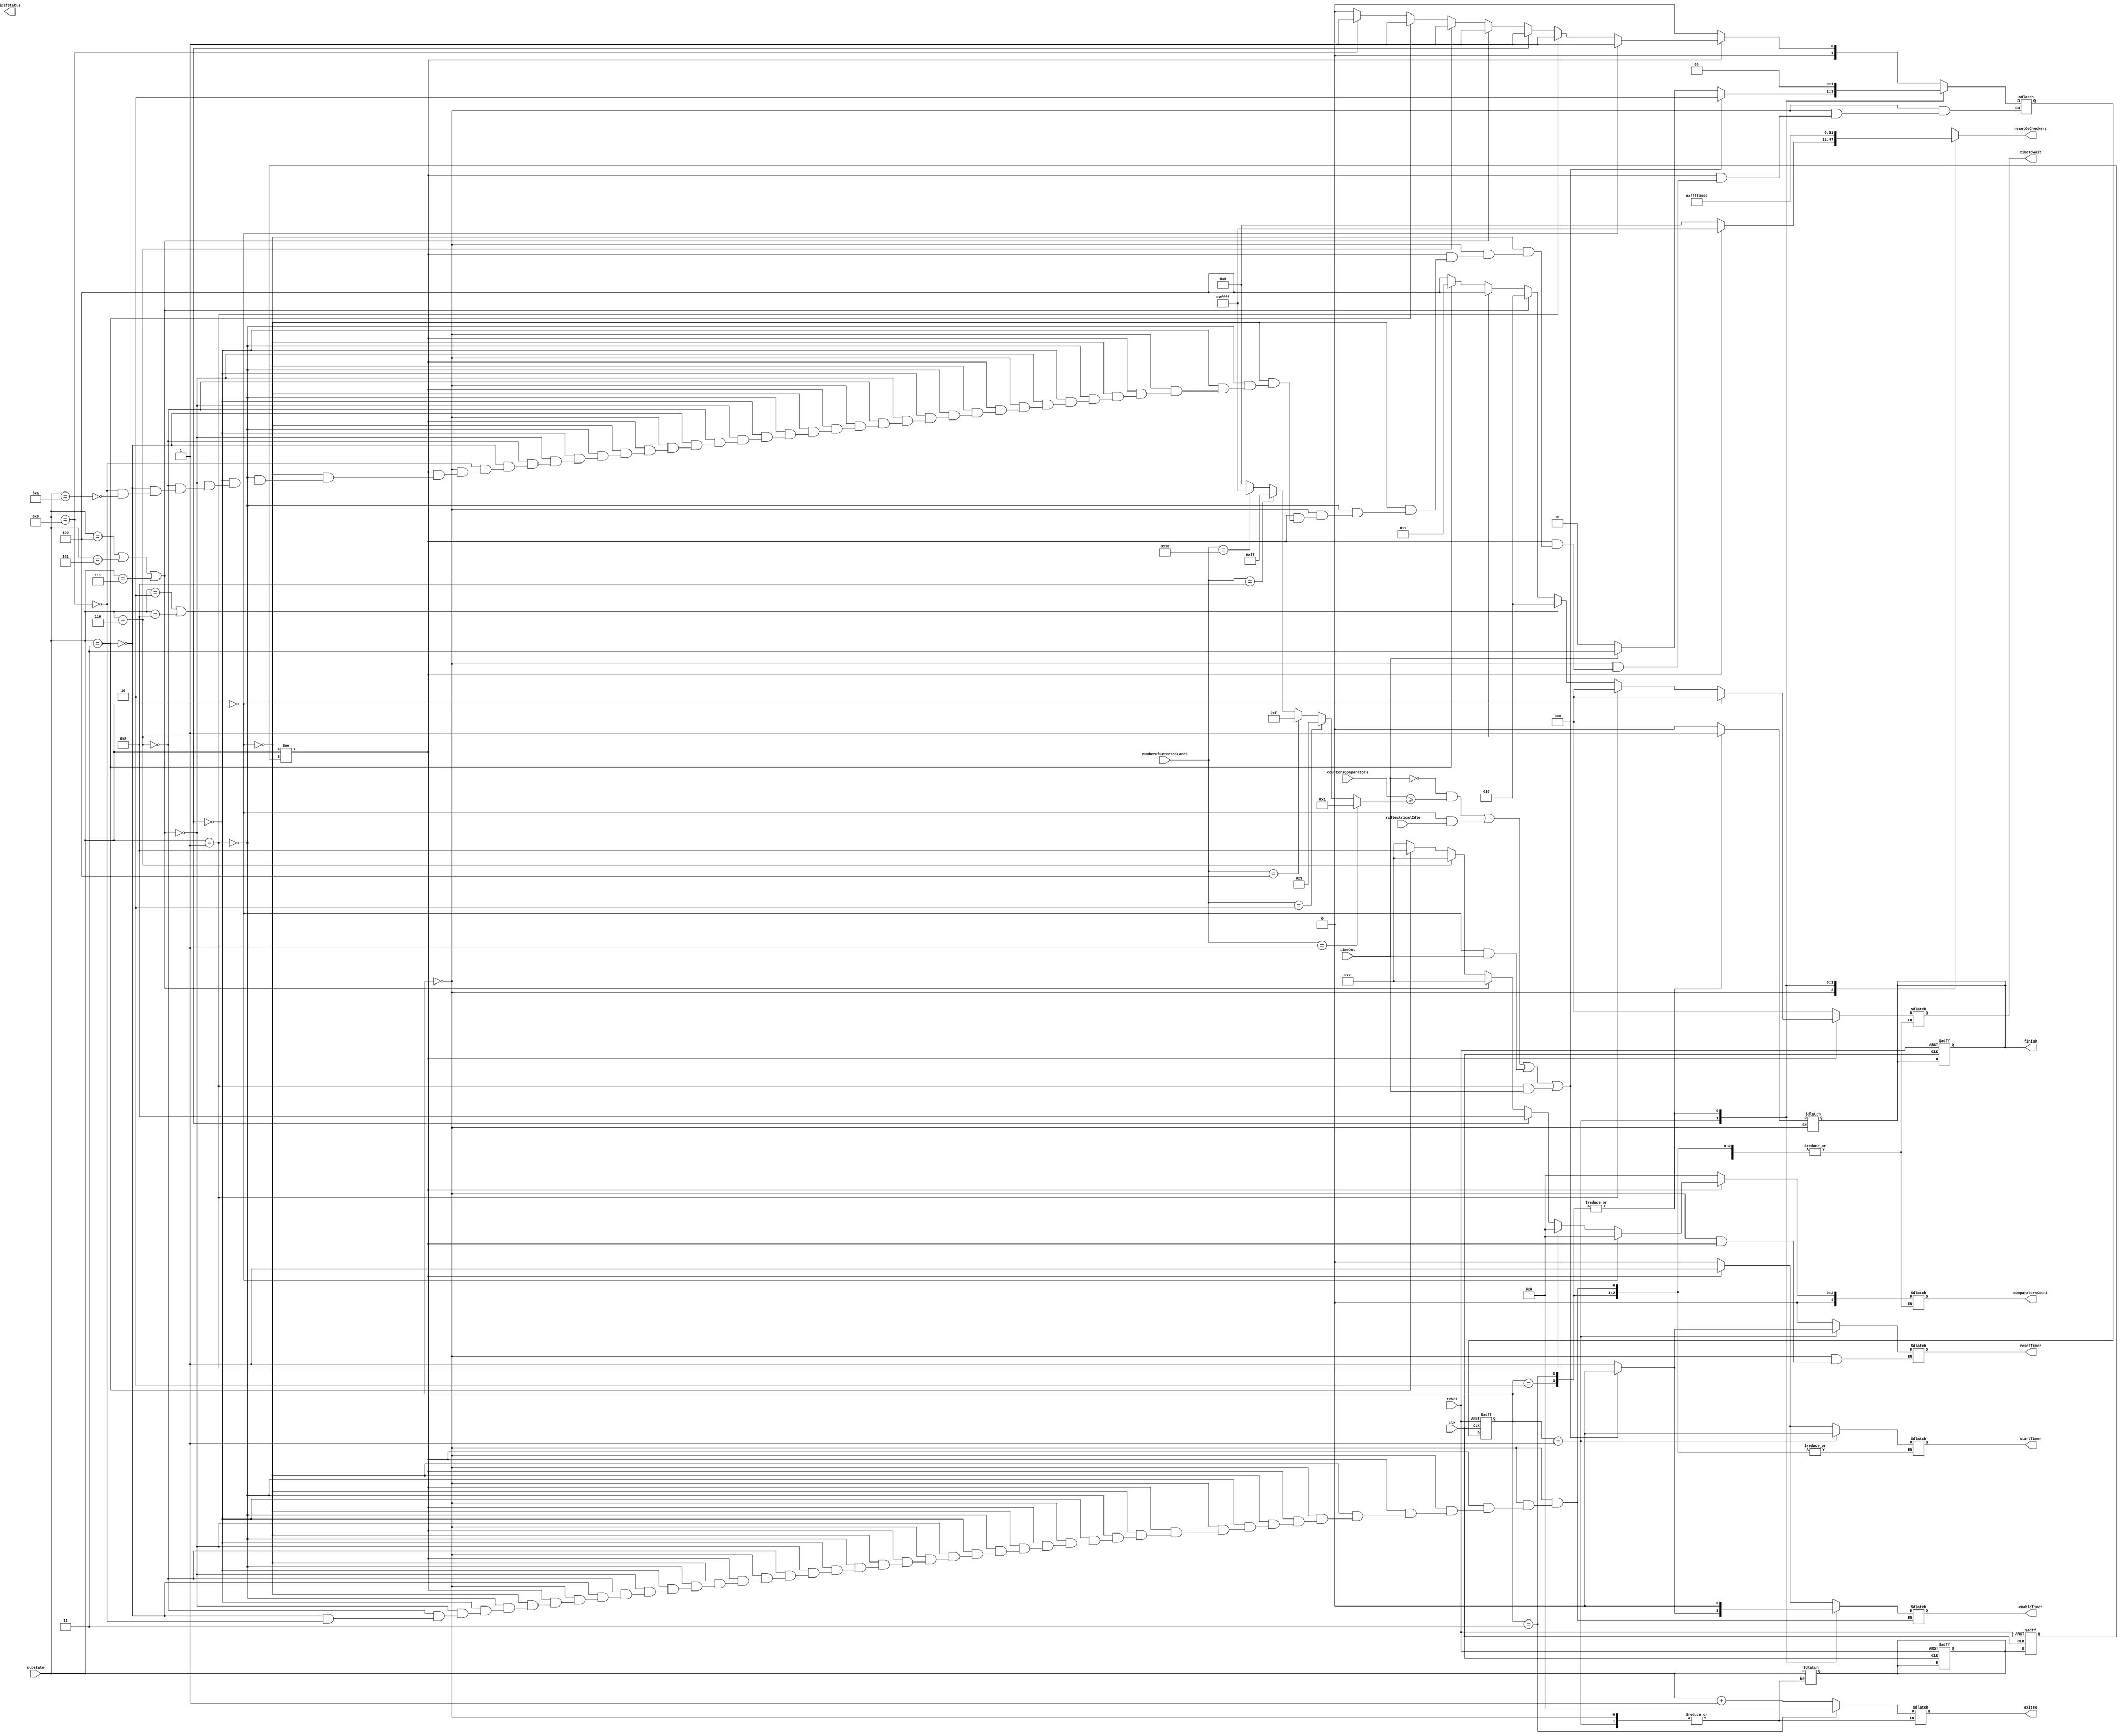
module  masterRxLTSSM #(parameter MAXLANES = 16)(
    input clk,
    input [4:0]numberOfDetectedLanes,
    input [3:0]substate,
    input [15:0]countersComparators,
    //input forceDetect,
    input rxElectricalIdle,
    input timeOut,
    input reset,
    output reg finish,
    output reg [3:0]exitTo,
    output reg [15:0]resetOsCheckers,
    output [3:0]lpifStatus,
    output reg [2:0]timeToWait,
    output reg enableTimer,
    output reg startTimer,
    output reg resetTimer,
    output reg[4:0]comparatorsCount);
    
    reg[3:0] lastState,lastState_next;
    reg[1:0] currentState,nextState;
    //reg[5:0] timeToWait;
    reg[15:0]comparatorsCondition;
    //reg forcedetectflag;

//timer parameters
parameter t12ms= 3'b001,t24ms = 3'b010,t48ms = 3'b011,t2ms = 3'b100,t8ms = 3'b101,t0ms = 3'b000;
//input substates from main ltssm
    localparam [3:0]
	detectQuiet =  4'd0,
	detectActive = 4'd1,
	pollingActive= 4'd2,
	pollingConfiguration= 4'd3,
    configurationLinkWidthStart = 4'd4,
    configurationLinkWidthAccept = 4'd5,
    configurationLanenumWait = 4'd6,
    configurationLanenumAccept = 4'd7,
    configurationComplete =4'd8,
    configurationIdle = 4'd9,
	L0 = 4'd10;
    

//local states
    localparam [1:0]
    start = 2'b00,
    counting = 2'b01,
    success = 2'b10,
    failed = 2'b11;

    //CURRENT STATE FF
    always @(posedge clk or negedge reset)
    begin
        if(!reset)
        begin
            currentState <= start;
	        finish <= 1'b0;
		    lastState<=4'hF;
            lastState_next<=4'hF;
		    //forcedetectflag<=1'b0;
        end
        else
        begin
            currentState <= nextState;
            lastState<=lastState_next;
        end    
    end

    always @(*)
    begin
        case(currentState)
        start:
        begin
    
          if(substate != lastState) //ensure that this is a new request
         begin
            resetOsCheckers = {16{1'b1}};
            if(substate == detectQuiet)
            begin
                comparatorsCount = 5'd0;
                timeToWait = t0ms;
                nextState = counting;
                startTimer = 1'b1;
                enableTimer = 1'b1;
		 
            end
            else if(substate == detectActive)
            begin
                comparatorsCount = 5'd0;
                timeToWait = t0ms; 
                nextState = counting;
                startTimer = 1'b1;
                enableTimer = 1'b1;
		
            end
            else if(substate==pollingActive||substate==configurationComplete)
            begin
                comparatorsCount = 5'd8;
                timeToWait = t24ms;
                nextState = counting;
                startTimer = 1'b1;
                enableTimer = 1'b1;
		
            end
            else if (substate==configurationLinkWidthStart||substate==configurationLinkWidthAccept||substate==configurationLanenumAccept)
            begin
                comparatorsCount = 5'd2;
                timeToWait = t24ms;
                nextState = counting;
                startTimer = 1'b1;
                enableTimer = 1'b1;
		                
            end
            else if (substate==configurationLanenumWait)
            begin
                comparatorsCount=5'd2;
                timeToWait = t2ms;
                nextState = counting;
                startTimer = 1'b1;
                enableTimer = 1'b1;
		
            end
            else if (substate==pollingConfiguration)
            begin
                comparatorsCount=5'd8;
                timeToWait = t48ms;
                nextState = counting;
                startTimer = 1'b1;
                enableTimer = 1'b1;
		
            end
 	    else if (substate==configurationIdle)
            begin
                comparatorsCount=5'd2;
                timeToWait = t2ms;
                nextState = counting;
                startTimer = 1'b1;
                enableTimer = 1'b1;
		
            end
		else if (substate == L0) begin
			nextState = start;
			end
		
        end
        
       else 
        begin
            comparatorsCount=5'd0;
            timeToWait = t0ms;
            enableTimer = 1'b0;
            startTimer = 1'b0;
            resetTimer = 1'b0;
            resetOsCheckers = 16'b0;
            nextState = start;
        end

    end
        
    counting:
    begin
        enableTimer = 1'b1;
        resetTimer  = 1'b1;
        resetOsCheckers = {16{1'b1}};
        startTimer = 1'b0;
		finish = 1'b0;
        if((!timeOut && countersComparators >= comparatorsCondition) || (substate == detectQuiet && rxElectricalIdle) || (substate == detectQuiet && timeOut)|| (substate == detectActive && timeOut))
        begin
            enableTimer = 1'b0;
            resetTimer  = 1'b0;
            startTimer = 1'b0;
            nextState = success;
           
        end
        else if(timeOut)
	begin
	nextState = failed;
	end	
        else nextState = counting;
    end
        success:
        begin
	    lastState_next = substate;
            resetOsCheckers = 16'b0;
            enableTimer = 1'b0;
            resetTimer = 1'b0;
            finish = 1'b1;
            exitTo =  substate + 1'b1;
            nextState = start;
        end
        failed:
        begin
            lastState_next = substate;
            resetOsCheckers = 16'b0;
            enableTimer = 1'b0;
            resetTimer = 1'b0;
            finish = 1'b1;
            exitTo = detectQuiet;
            nextState = start;
        end
        default:
        begin
            nextState = start;
            enableTimer = 1'b0;
            resetTimer = 1'b0;
            resetOsCheckers = 16'b0;
        end
        

    
        endcase
    end
    


always@(*)
begin
    if(numberOfDetectedLanes==5'd1)       comparatorsCondition = 16'd1;
    else if(numberOfDetectedLanes == 5'd2)comparatorsCondition = {{14{1'b0}},{2{1'b1}}};
    else if(numberOfDetectedLanes == 5'd4)comparatorsCondition = {{12{1'b0}},{4{1'b1}}};
    else if(numberOfDetectedLanes == 5'd8)comparatorsCondition = {{8{1'b0}},{8{1'b1}}};
    else if(numberOfDetectedLanes == 5'd16)comparatorsCondition= {16{1'b1}};
    else comparatorsCondition = 16'd0;
end

endmodule